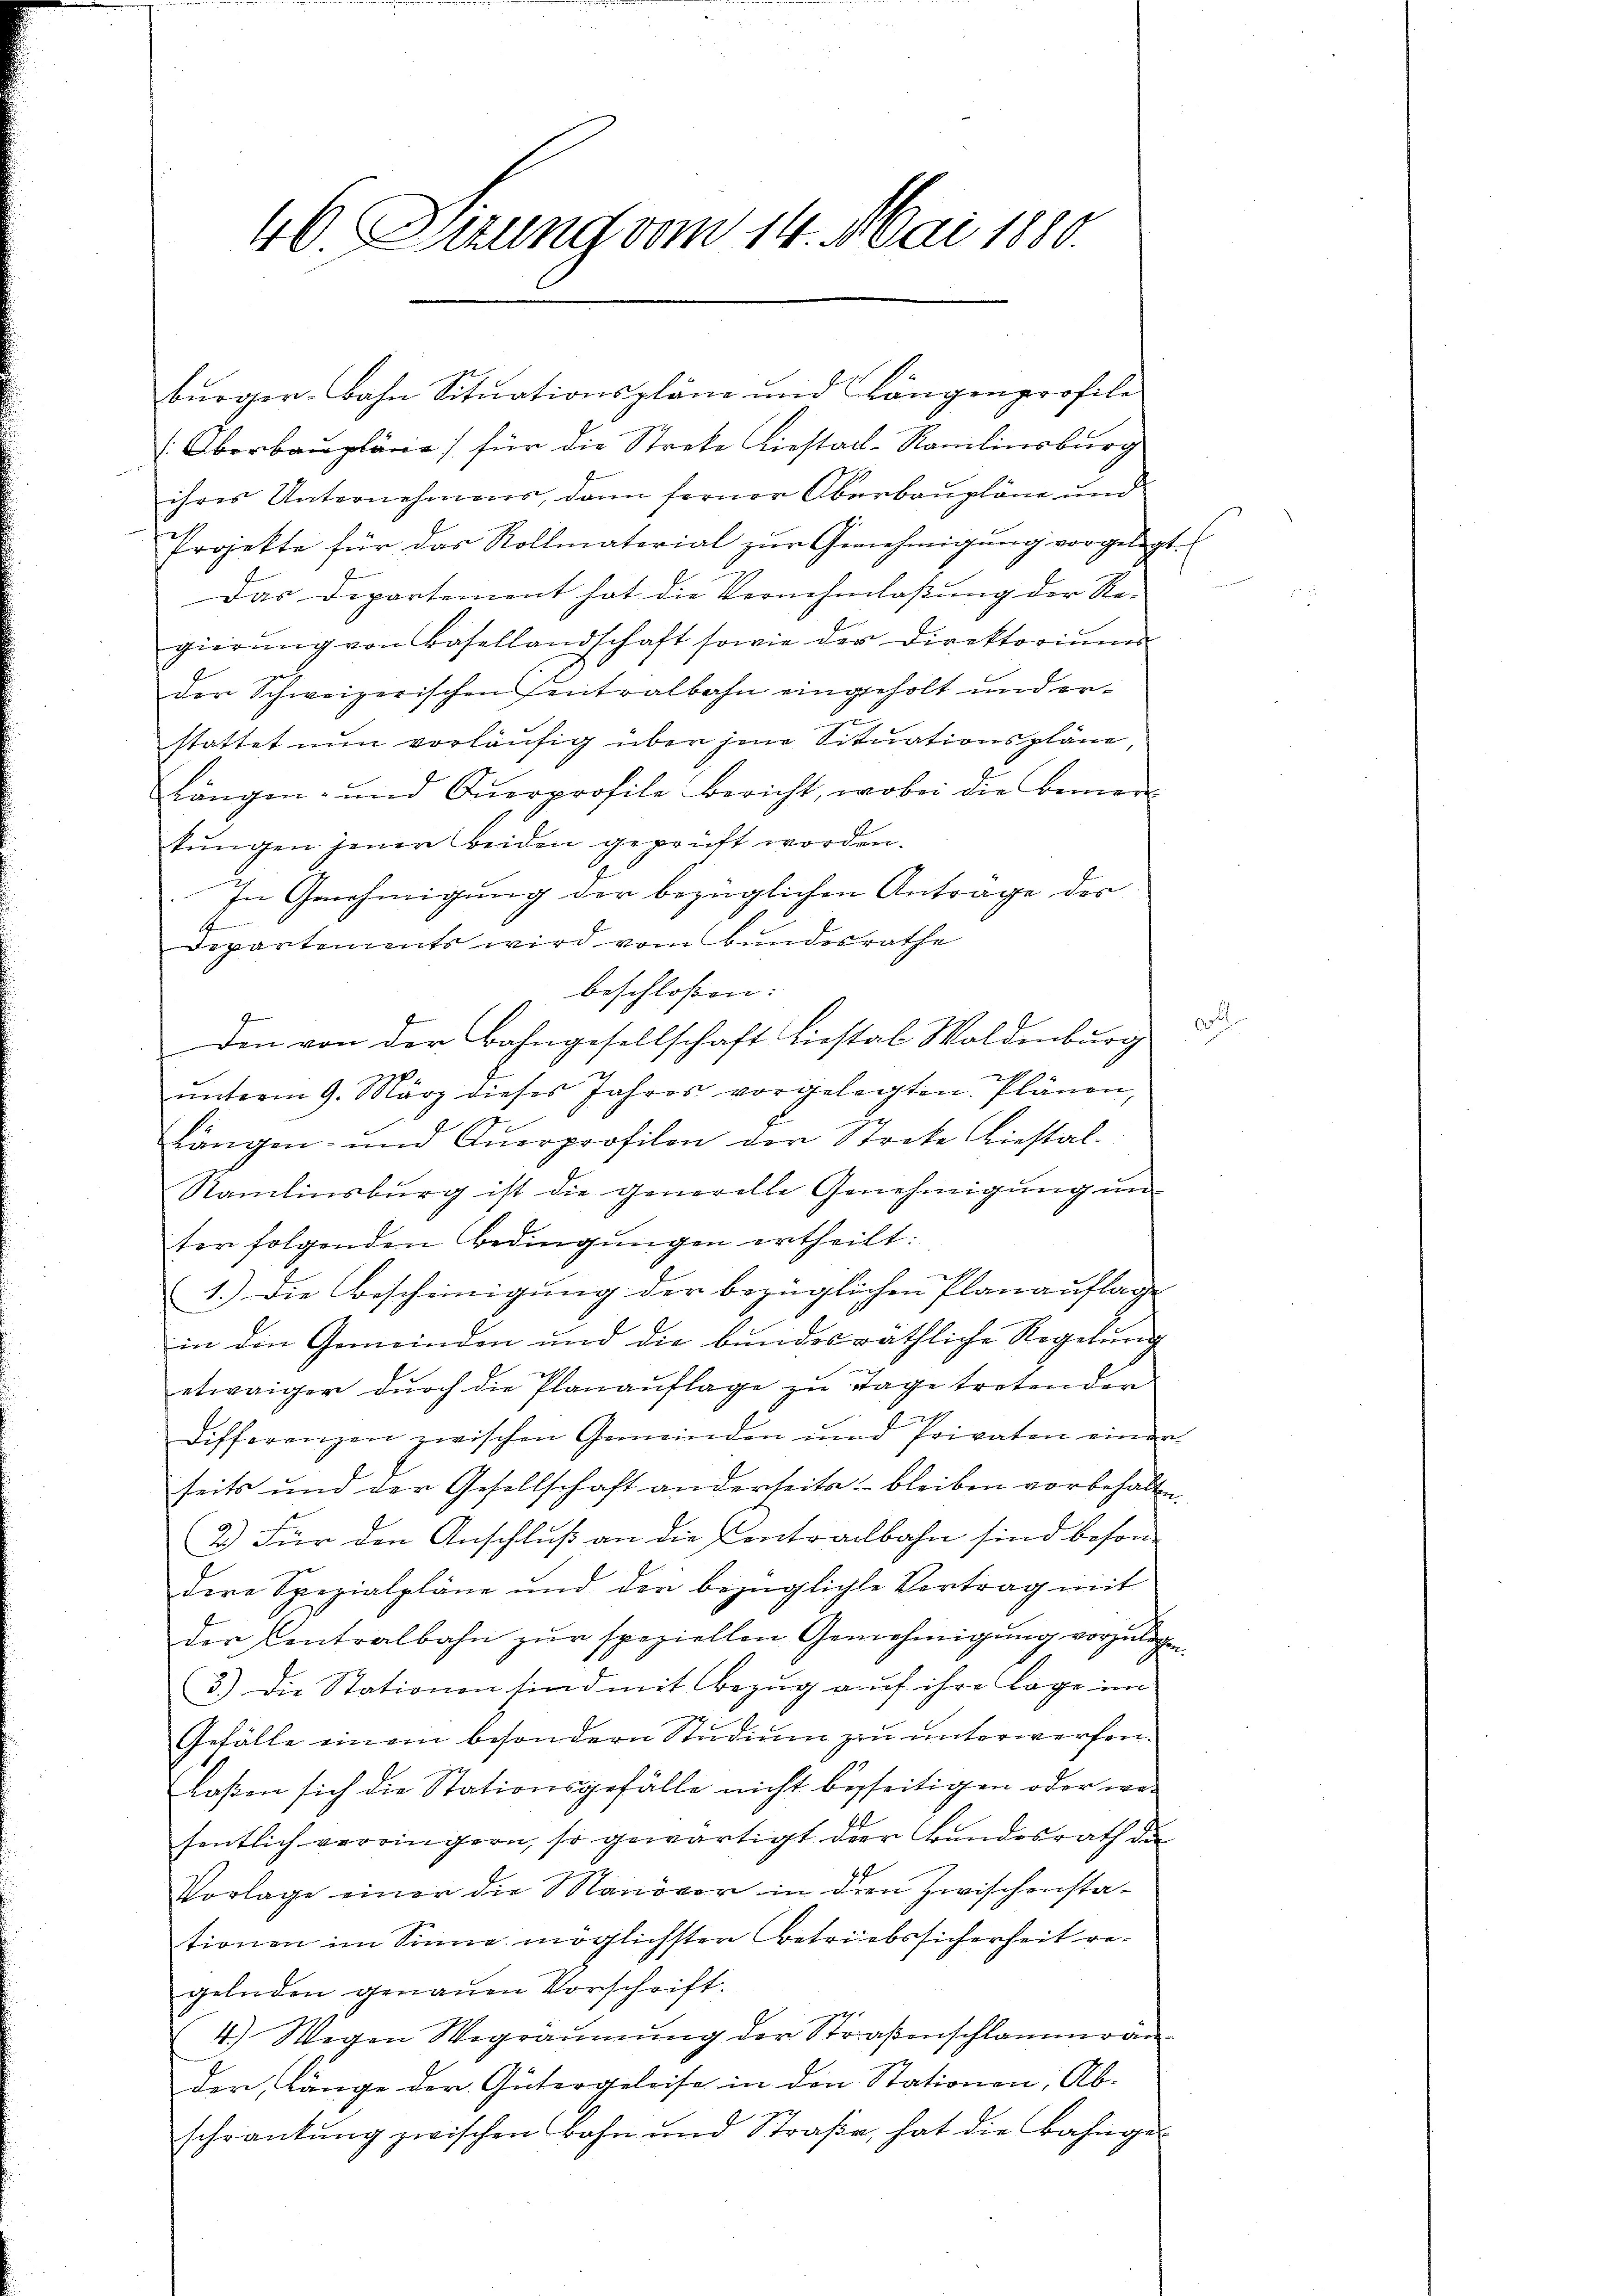
46. Sitzung vom 14. Mai 1880.

bürger-Bahn Situationspläne und Längenprofile
Oberbaupläne / für die Streke Liestal-Ranilinsburg
ihres Unternehmens, dann ferner Oberbaupläne und
Projekte für das Rollmaterial zŭr Genehmigŭng vorgelegt.
Das Departement hat die Vernehmlassung der Re-
gierŭng von Basellandschaft sowie der Direktoriŭm
der Schweizerischen Centralbahn eingeholt und erstattet nun vorläufig über jene Situationspläne,
Längen- und Querprofile bericht, wobei die Bemer
tungen jener beiden geprüft worden.
In Genehmigung der bezüglichen Antrage des
E
departements wird vom Bundesrathe
beschloßen:
den von der Bahngesellschaft Liestal Waldenburg
1
ŭnterm 9. März dieses Jahres vorgelegten Plänen,
Längen- und Querprofilon der Streke Liestal¬
Ramlinsburg ist die generelle Genehmigung un-
ter folgenden Bedingungen ertheilt:
1.) Die Bescheinigung der bezüglichen Planauflage
in den Gemeinden und die bundesräthliche Regelung
etwaiger durch die Planauflage zu Tage tretenden
Differenzen zwischen Gemeinden und Privaten einen
seits und der Gesellschaft anderseits bleiben vorbehalten.
2.) Für den Anschluß an die Centralbahn sind besondere Spezialpläne und der bezüglichte Vortrag mit
der Centralbahn zur speziellen Genehmigung vorzulegen
3.) Die Stationen sind mit Bezug auf ihre lage im
Gefälle einem besondern Studium zu unterwerfen.
laßen sich die Stationsgefälle nicht besseitigen oder wesentlich verringern, so gewärtigt der Bundesrath di
Vorlage einer die Manöver in den Zwischenstationen im Sinne möglichsten Betriebssicherheit regelnden genauen Vorschrift.
4.) Wegen Wegräumung der Straßenschlamme an
der Länge der Gütergeleise in den Stationen, Ab-
schrankŭng zwischen Bahn und Straβe, hat die Bahnge-